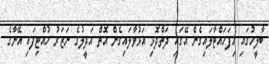
ބާލީހުގައި ހިފަހައްޓާލައިގެން އޭގައި ދަތްދޮޅި އަޅުވާލައިގެން އޮތް އަދީލުގެ ނަޒަރު ހުއްޓިފައި އޭނާގެ